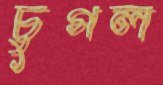
চুগল